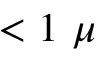
< 1 ~ \mu